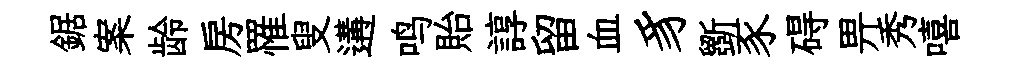
鋸案龄房罹叟遘鸣貽諄留血豸斵豕碍畀秀嘻